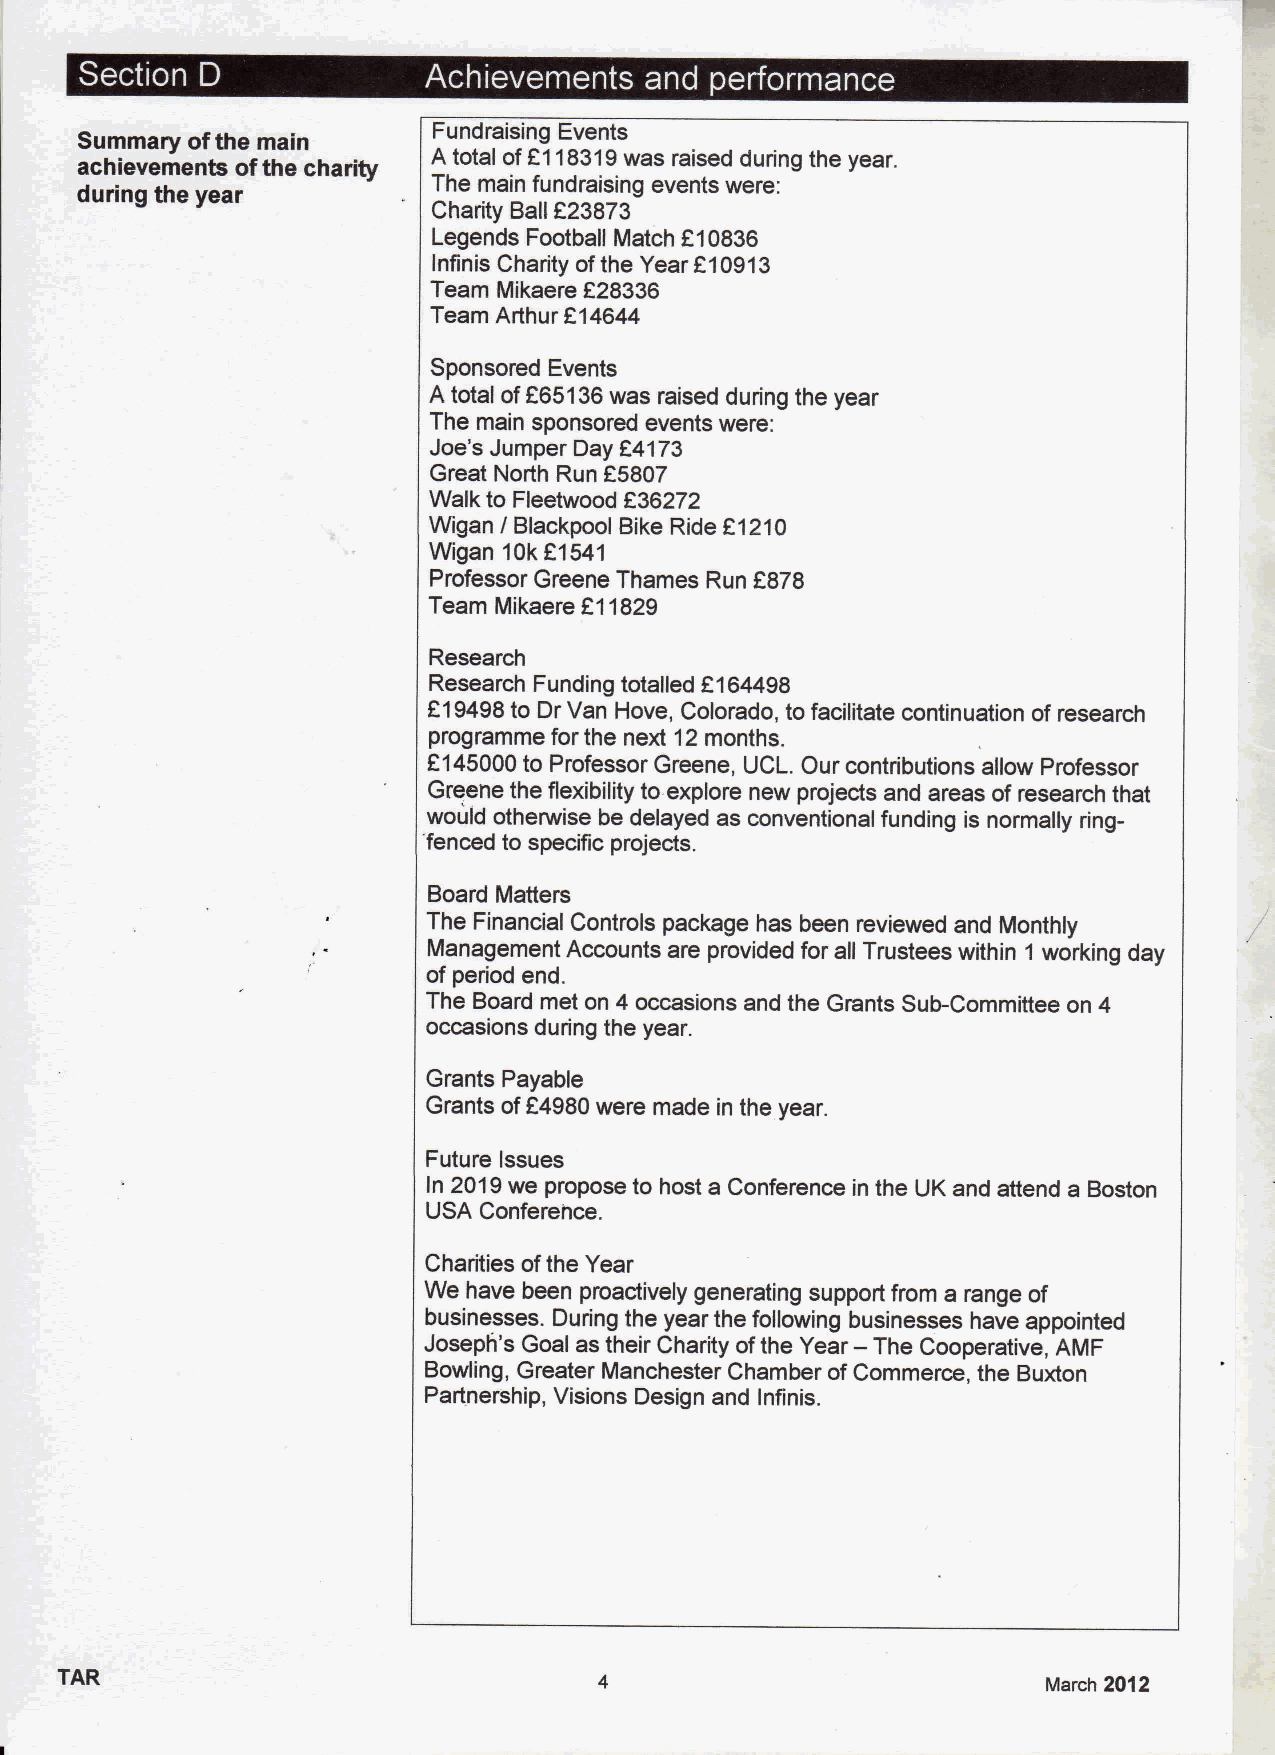
~  ~                             r ~ 0   ~   r
 Summary ofthe main      Fundraising Events
 achievements ofthe charity A total of2118319was raised during the year.
 The main fundraising events were:
 during the year
 Charity BalIP23873
 Legends Football Match 810836
 Infinis Charity ofthe Year f10913
 Team Mikaere E28336
 Team Arthur F14644
 Sponsored Events
 A total off65136was raised during the year
 The main sponsored events were:
 Joe's Jumper Day 64173
 Great North Run f5807
 Walk to Fleetwood f36272
 Wigan / Blackpool Bike Ride f1210
 Wigan 10k81541
 Professor Greene Thames Run f878
 Team Mikaere R11829
 Research
 Research Funding totalled f164498
 819498to Dr Van Hove, Colorado, to facilitate continuation of research
 programme for the next 12months.
 2145000to Professor Greene, UCL. Our contributions allow Professor
 Greene the flexibility to explore new projects and areas of research that
 would otherwise be delayed as conventional funding is normally ring-
 'fenced to specific projects.
 Board Matters
 The Financial Controls package has been reviewed and Monthly
 Management Accounts are provided for all Trustees within 1 working day
 of period end.
 The Board met on 4 occasions and the Grants Sub-Committee on 4
 occasions during the year.
 Grants Payable
 Grants ofF4980were made in the year.
 Future Issues
 In 2019we propose to host a Conference in the UK and attend a Boston
 USA Conference.
 Charities ofthe Year
 We have been proactively generating support from a range of
 businesses. During the year the following businesses have appointed
 Joseph's Goal as their Charity ofthe Year — The Cooperative, AMF
 Bowling, Greater Manchester Chamber ofCommerce, the Buxton
 Partnership, Visions Design and Infinis.
 TAR                                                              March 2012